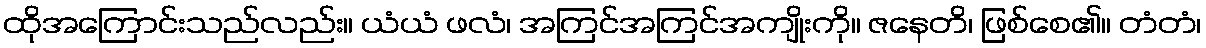
ထိုအကြောင်းသည်လည်း။ ယံယံ ဖလံ၊ အကြင်အကြင်အကျိုးကို။ ဇနေတိ၊ ဖြစ်စေ၏။ တံတံ၊